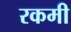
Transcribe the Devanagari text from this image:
रकमी